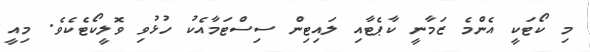
މި ކޯޓަކީ އެންމެ ޒަމާނީ ކާޕެޓާއި ލައިޓިން ސިސްޓަމާއެކު ހުޅުވި ވޮލީކޯޓެކެވެ. މިއީ